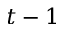
t - 1